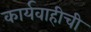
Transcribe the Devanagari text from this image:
कार्यवाहीची